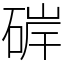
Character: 硸